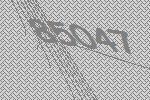
85047